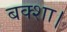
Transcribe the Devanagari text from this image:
बक्शा।